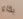
بكاء